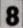
78